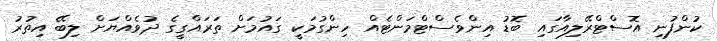
ކުންފުނި އޮސްޓްރޭލިއާގައި ބޮޑު އިންވެސްޓްމަންޓެއް ހިންގުމަކީ ގައުމަށް ތަރައްގީގެ ދުވެއްޔަށް ލިބޭ އިތުރު